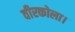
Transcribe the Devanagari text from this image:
वीरकोला।